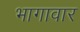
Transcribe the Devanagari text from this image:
भागावार